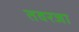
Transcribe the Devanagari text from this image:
तवरजा